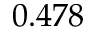
0 . 4 7 8